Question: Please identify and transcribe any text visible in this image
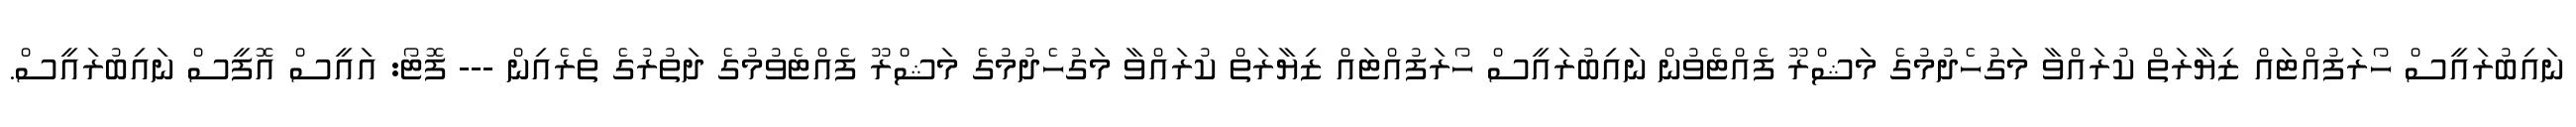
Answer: ނައިބުރައީސް ހޯރަފުއްޓައް ޒިޔާރަތް ކުރައްވާ މަގުހެދުމުގެ މަޝްރޫ ފެއްޓެވުން ނައިބުރައީސް ހޯރަފުއްޓައް ޒިޔާރަތް ކުރައްވާ މަގުހެދުމުގެ މަޝްރޫ ފެއްޓެވުމުގެ ދަތުރުގެ ތެރެއިން --- ފޮޓޯ: އައީސް އޮފީސް ނައިބުރައީސް.